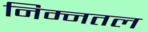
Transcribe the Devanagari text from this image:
निम्नतल